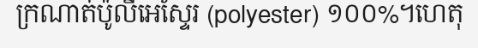
ក្រណាត់ប៉ូលីអេស្ទែរ (polyester) ១០០%។ហេតុ